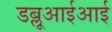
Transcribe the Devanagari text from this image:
डब्लूआईआई